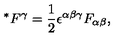
^ * { F ^ { \gamma } } = \frac { 1 } { 2 } \epsilon ^ { \alpha \beta \gamma } F _ { \alpha \beta } ,